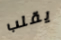
يقلب